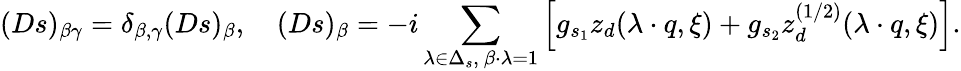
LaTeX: (Ds)_{\beta\gamma}=\delta_{\beta,\gamma}(Ds)_{\beta},\quad(Ds)_{\beta}=-i\sum_{\lambda\in\Delta_{s},\ \beta\cdot\lambda=1}\left[g_{s_{1}}z_{d}(\lambda\cdot q,\xi)+g_{s_{2}}z_{d}^{(1/2)}(\lambda\cdot q,\xi)\right].